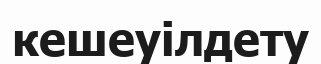
кешеуілдету